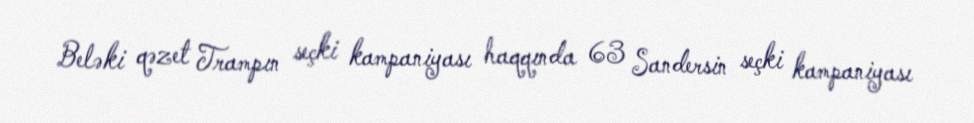
Beləki qəzet Trampın seçki kampaniyası haqqında 63 Sandersin seçki kampaniyası